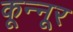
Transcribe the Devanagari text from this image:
कून्‍नूर